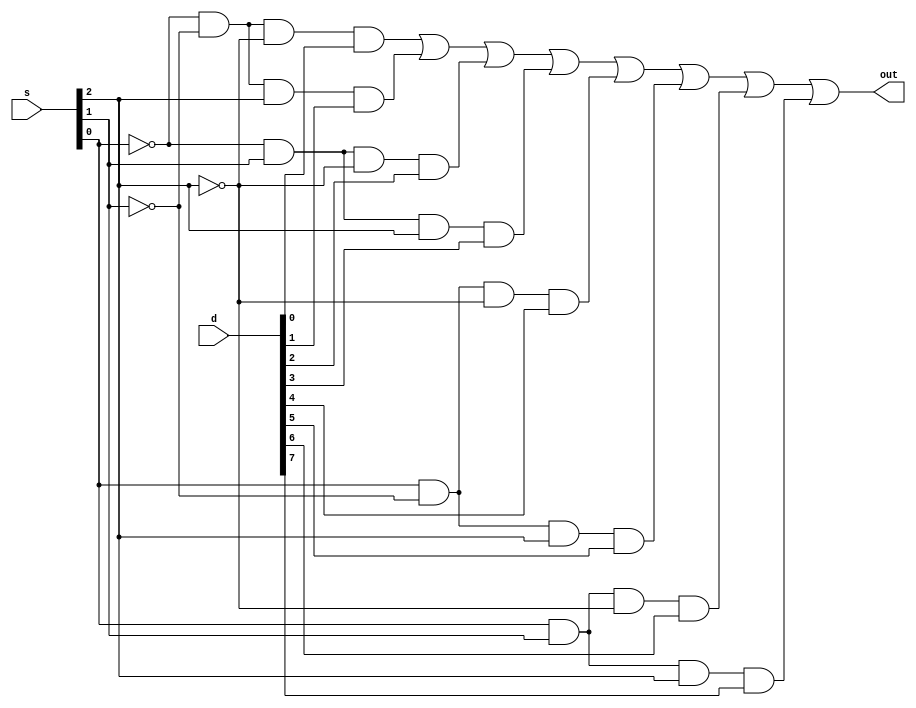
module mux8(s,d,out);

input [7:0] d;
input [2:0] s;
output out;
wire [2:0] w1;
wire [7:0] w2;

not n1(w1[0],s[0]);
not n2(w1[1],s[1]);
not n3(w1[2],s[2]);

and a1(w2[0],w1[0],w1[1],w1[2],d[0]);
and a2(w2[1],w1[0],w1[1],s[2],d[1]);
and a3(w2[2],w1[0],s[1],w1[2],d[2]);
and a4(w2[3],w1[0],s[1],s[2],d[3]);
and a5(w2[4],s[0],w1[1],w1[2],d[4]);
and a6(w2[5],s[0],w1[1],s[2],d[5]);
and a7(w2[6],s[0],s[1],w1[2],d[6]);
and a8(w2[7],s[0],s[1],s[2],d[7]);

or o1(out,w2[0],w2[1],w2[2],w2[3],w2[4],w2[5],w2[6],w2[7]);

endmodule